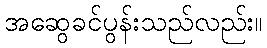
အဆွေခင်ပွန်းသည်လည်း။